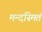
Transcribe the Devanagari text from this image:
मन्दस्मितं